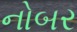
નોબર